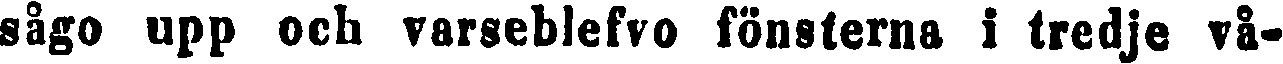
sågo upp och varseblefvo fönsterna i tredje vå-